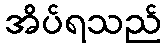
အိပ်ရသည်